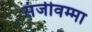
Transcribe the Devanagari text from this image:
संजीवम्मा